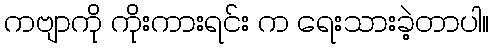
ကဗျာကို ကိုးကားရင်း က ရေးသားခဲ့တာပါ။